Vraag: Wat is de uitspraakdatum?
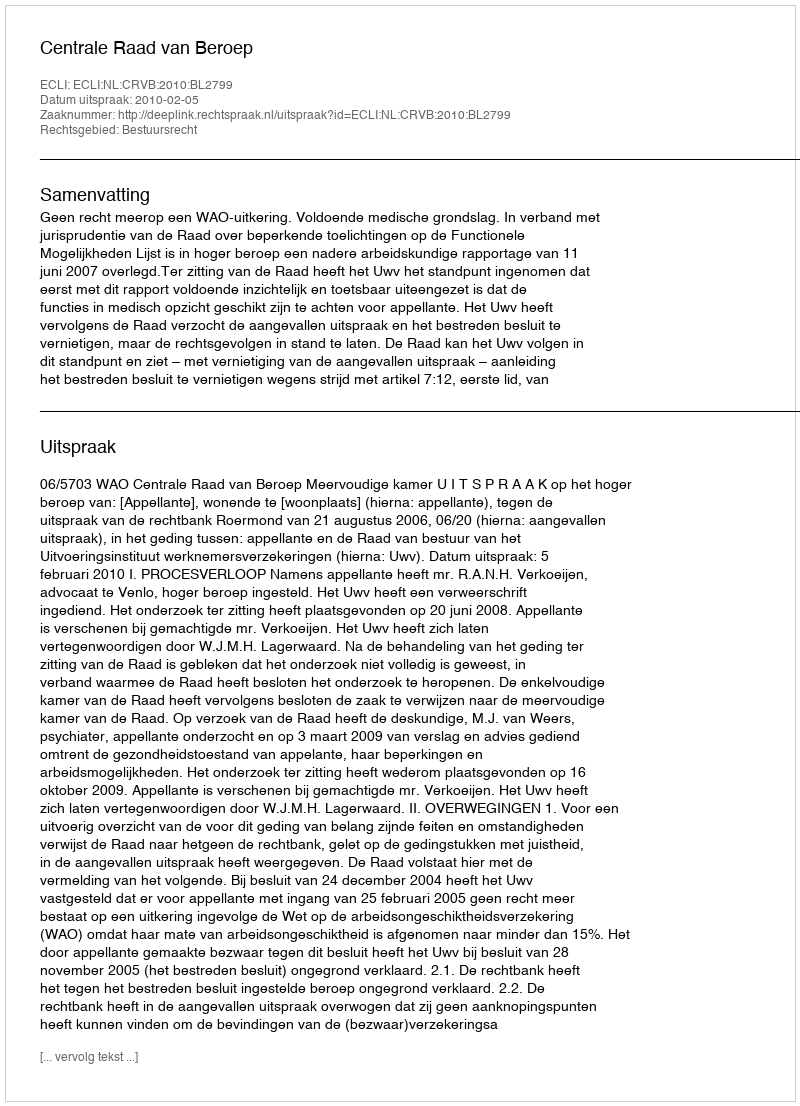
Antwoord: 2010-02-05